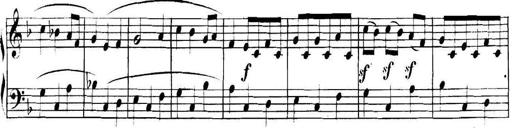
Title: Collected Piano Sonatas
Composer: Muzio Clementi